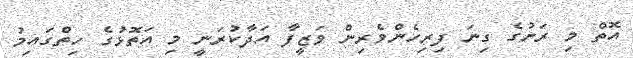
އޮތް މި ރަށުގެ ގިނަ ފިރިހެންވެރިން ވަޒީފާ އަދާކުރަނީ މި އަތޮޅުގެ ހިތްގައިމު